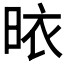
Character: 𭥾